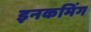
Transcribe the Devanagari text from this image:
इनकमिंग